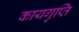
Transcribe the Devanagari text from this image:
कायगुप्ति